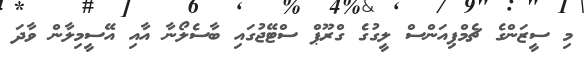
މި ސީޒަންގެ ޗެމްޕިއަންސް ލީގުގެ ގްރޫޕް ސްޓޭޖުގައި ބާސެލޯނާ އާއި އޭސީމިލާން ވާދަ